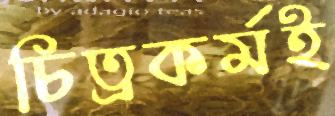
চিত্রকর্মই